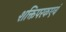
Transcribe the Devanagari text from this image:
शक्तिपरकएवं